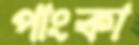
পাংকা